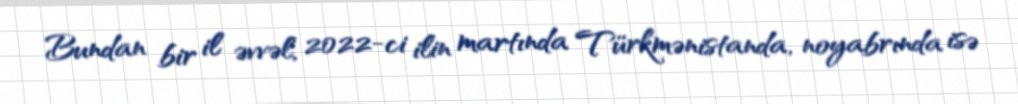
Bundan bir il əvvəl, 2022-ci ilin martında Türkmənistanda, noyabrında isə